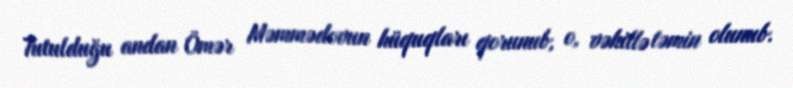
Tutulduğu andan Ömər Məmmədovun hüquqları qorunub, o, vəkillə təmin olunub.